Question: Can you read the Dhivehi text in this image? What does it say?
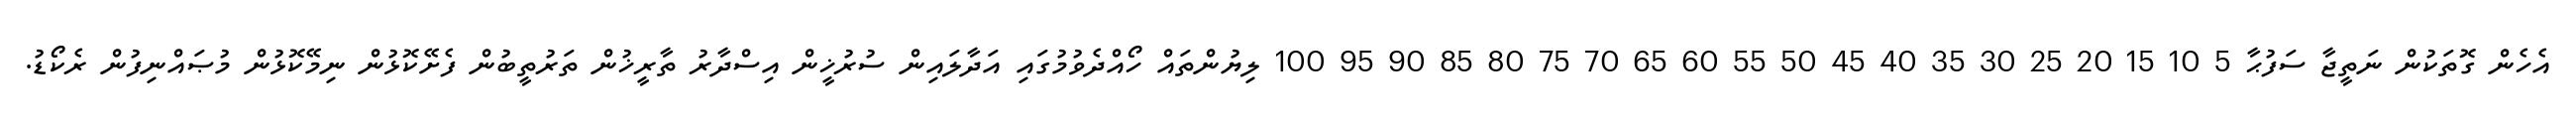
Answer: އެހެން ގޮތަކުން ނަތީޖާ ސަފުޙާ 5 10 15 20 25 30 35 40 45 50 55 60 65 70 75 80 85 90 95 100 ލިޔުންތައް ހޯއްދެވުމުގައި އަދާލައިން ސުރުޚީން އިސްދާރު ތާރީޚުން ތަރުތީބުން ފެށޭކޮޅުން ނިމޭކޮޅުން މުޞައްނިފުން ރެކޯޑު.